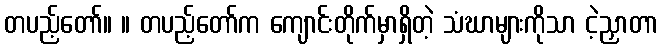
တပည့်တော်။ ။ တပည့်တော်က ကျောင်းတိုက်မှာရှိတဲ့ သံဃာများကိုသာ ငဲ့ညှာတာ